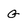
Character: G